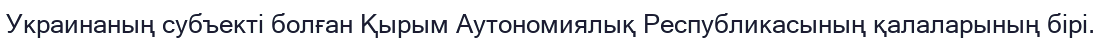
Украинаның субъекті болған Қырым Аутономиялық Республикасының қалаларының бірі.